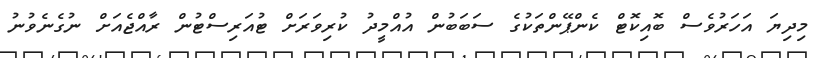
މިދިޔަ އަހަރުވެސް ބޮއިކޮޓް ކެންޕޭންތަކުގެ ސަބަބުން އުއްމީދު ކުރިވަރަށް ޓުއަރިސްޓުން ރާއްޖެއަށް ނުގެނެވުނު